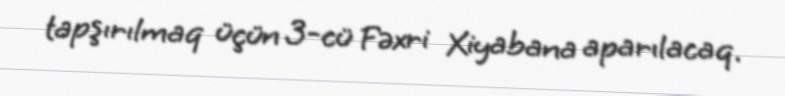
tapşırılmaq üçün 3-cü Fəxri Xiyabana aparılacaq.